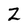
Character: Z